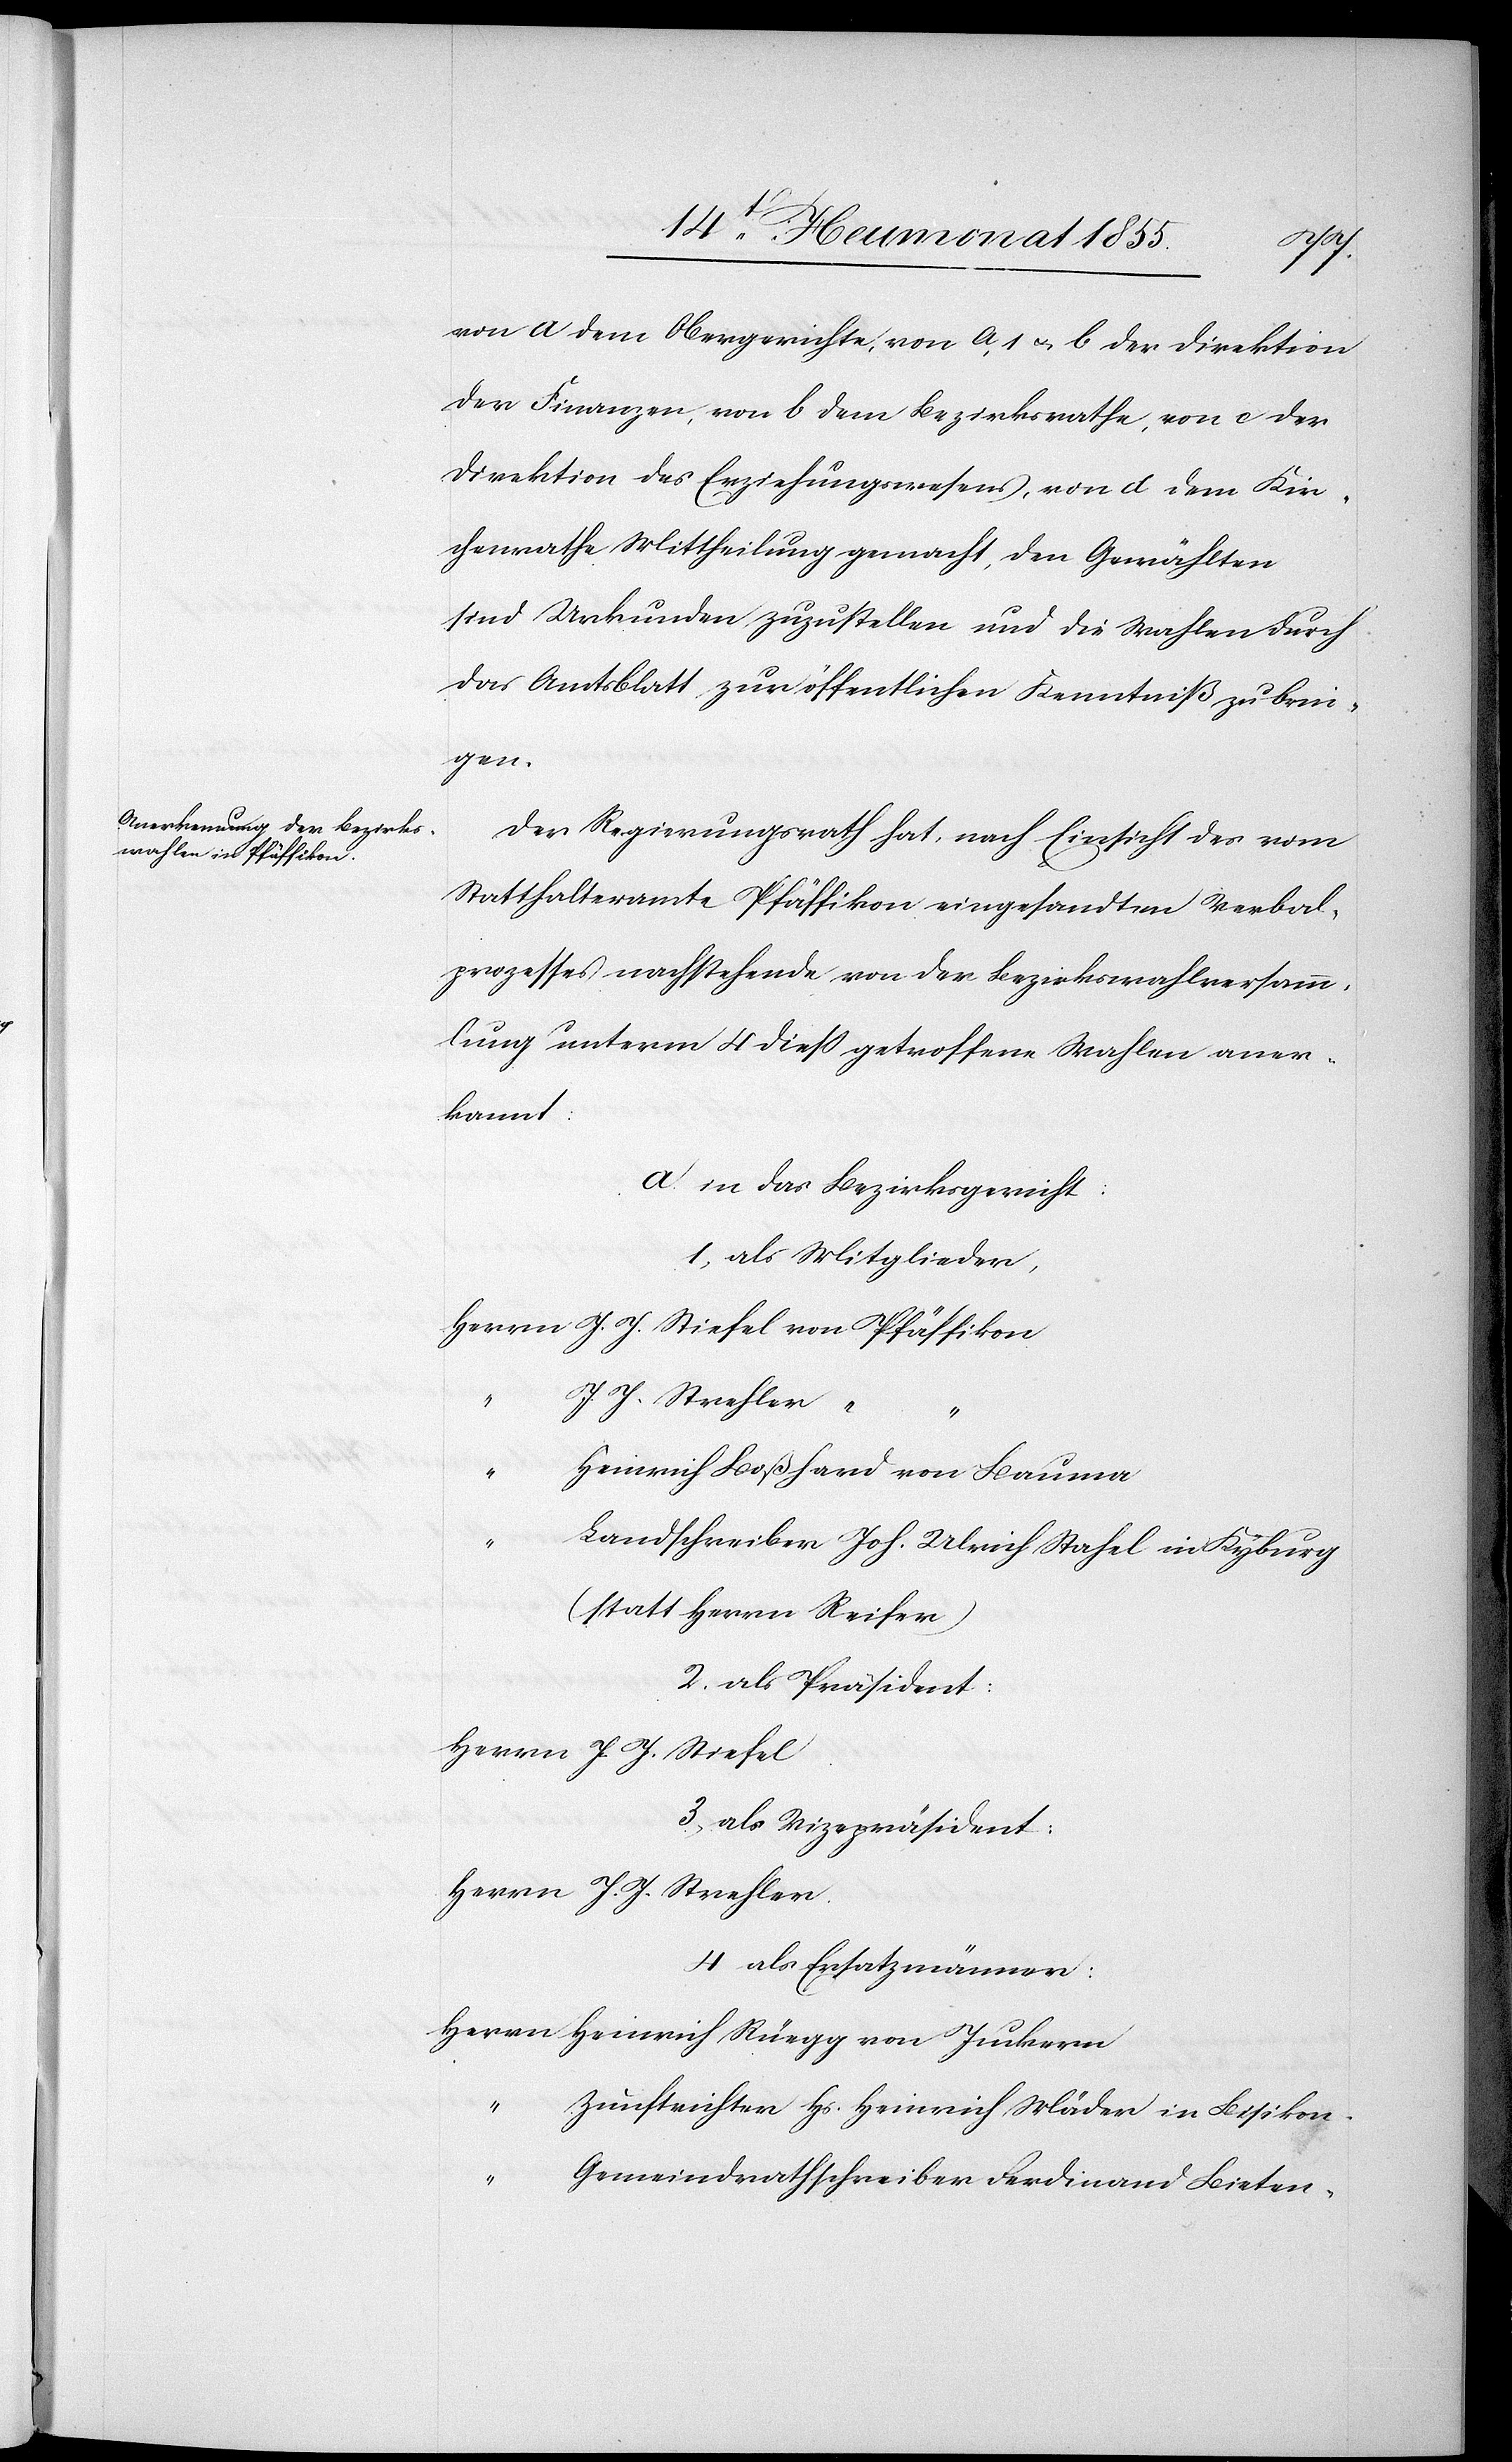
von a dem Obergerichte, von a, 1 & b der Direktion
der Finanzen, von b dem Bezirksrathe, von c der
Direktion des Erziehungswesens, von d dem Kir¬
chenrathe Mittheilung gemacht, den Gewählten
sind Urkunden zuzustellen und die Wahlen durch
das Amtsblatt zur öffentlichen Kenntniß zu brin¬
gen.
Der Regierungsrath hat, nach Einsicht des vom
Statthalteramte Pfäffikon eingesandten Verbal¬
prozesses nachstehende von der Bezirkswahlversamm¬
lung unterm 4 diess getroffene Wahlen aner¬
kannt:
a in das Bezirksgericht:
1, als Mitglieder,
Herrn J. J. Stiefel von Pfäffikon
J. J. Strehler “
“
“
Heinrich Boßhard von Bauma
Landschreiber Joh. Ulrich Stahel in Kyburg
(statt Herrn Reifer)
2. als Präsident:
Herrn J. J. Stiefel.
3, als Vizepräsident:
Herrn J. J. Strehler.
4 als Ersatzmänner:
Herrn Heinrich Rüegg von Juckern
Zunftrichter Hs. Heinrich Mäder in Bisikon.
Gemeindrathschreiber Ferdinand Bieten-